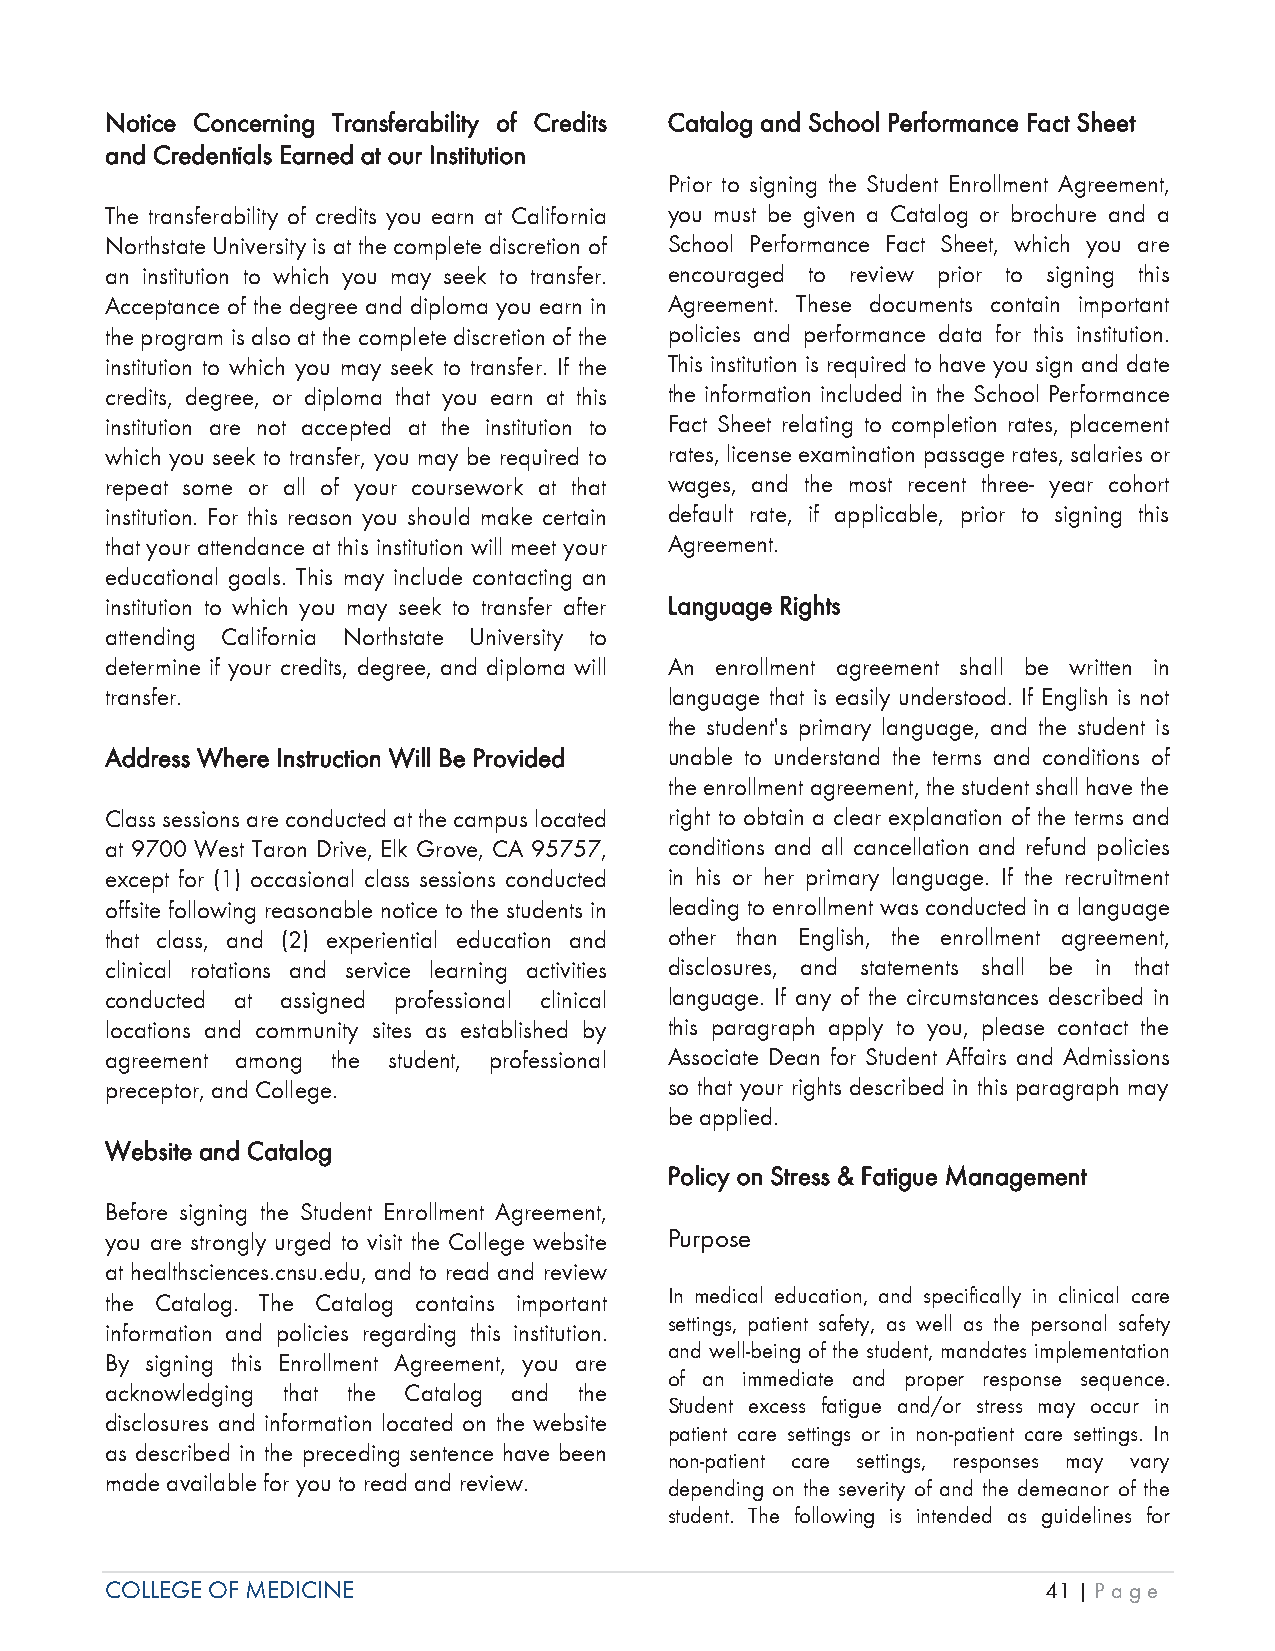
NNotice Concerning Transferability of Credits Catalog and School Performance Fact Sheet
 and Credentials Earned at our Institution
 Prior to signing the Student Enrollment Agreement,
 The transferability of credits you earn at California you must be given a Catalog or brochure and a
 Northstate University is at the complete discretion of School Performance Fact Sheet, which you are
 an institution to which you may seek to transfer. encouraged to review prior to signing this
 Acceptance of the degree and diploma you earn in Agreement. These documents contain important
 the program is also at the complete discretion of the policies and performance data for this institution.
 institution to which you may seek to transfer. If the This institution is required to have you sign and date
 credits, degree, or diploma that you earn at this the information included in the School Performance
 institution are not accepted at the institution to Fact Sheet relating to completion rates, placement
 which you seek to transfer, you may be required to rates, license examination passage rates, salaries or
 repeat some or all of your coursework at that wages, and the most recent three- year cohort
 institution. For this reason you should make certain default rate, if applicable, prior to signing this
 that your attendance at this institution will meet your Agreement.
 educational goals. This may include contacting an
 institution to which you may seek to transfer after Language Rights
 attending California Northstate University to
 determine if your credits, degree, and diploma will An enrollment agreement shall be written in
 transfer.                            language that is easily understood. If English is not
 the student's primary language, and the student is
 Address Where Instruction Will Be Provided unable to understand the terms and conditions of
 the enrollment agreement, the student shall have the
 Class sessions are conducted at the campus located right to obtain a clear explanation of the terms and
 at 9700 West Taron Drive, Elk Grove, CA 95757, conditions and all cancellation and refund policies
 except for (1) occasional class sessions conducted in his or her primary language. If the recruitment
 offsite following reasonable notice to the students in leading to enrollment was conducted in a language
 that class, and (2) experiential education and other than English, the enrollment agreement,
 clinical rotations and service learning activities disclosures, and statements shall be in that
 conducted at assigned professional clinical language. If any of the circumstances described in
 locations and community sites as established by this paragraph apply to you, please contact the
 agreement among the student, professional Associate Dean for Student Affairs and Admissions
 preceptor, and College.              so that your rights described in this paragraph may
 be applied.
 Website and Catalog
 Policy on Stress & Fatigue Management
 Before signing the Student Enrollment Agreement,
 you are strongly urged to visit the College website Purpose
 at healthsciences.cnsu.edu, and to read and review
 the Catalog. The Catalog contains important In medical education, and specifically in clinical care
 settings, patient safety, as well as the personal safety
 information and policies regarding this institution.
 and well-being of the student, mandates implementation
 By signing this Enrollment Agreement, you are
 of an immediate and proper response sequence.
 acknowledging that the Catalog and the
 Student excess fatigue and/or stress may occur in
 disclosures and information located on the website
 patient care settings or in non-patient care settings. In
 as described in the preceding sentence have been
 non-patient care settings, responses may vary
 made available for you to read and review.
 depending on the severity of and the demeanor of the
 student. The following is intended as guidelines for
 COLLEGE OF MEDICINE                                           41 | Page